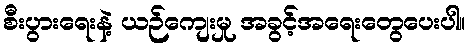
စီးပွားရေးနဲ့ ယဉ်ကျေးမှု အခွင့်အရေးတွေပေးပါ။